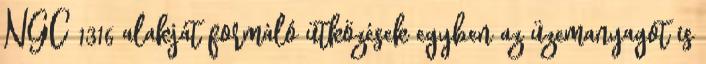
NGC 1316 alakját formáló ütközések egyben az üzemanyagot is